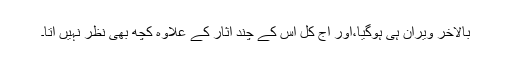
بالآخر ویران ہی ہوگیا،اور آج کل اس کے چند آثار کے علاوہ کچھ بھی نظر نہیں آتا۔